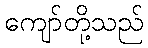
ကျော်တို့သည်